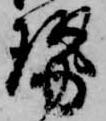
勢